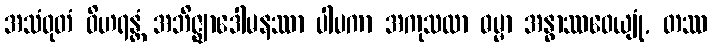
အသံဝုတံ ဝိဟရန္တံ အဘိဇ္ဈာဒေါမနဿာ ပါပကာ အကုသလာ ဓမ္မာ အနွာဿဝေယျုံ, တဿ